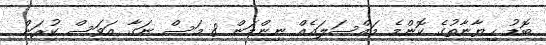
ބޮޑު ހިޔާނާތުގެ ކޮންމެ މައްސަލައެއް ނިންމަން 8 މަސް ނަގާ އަވަސް ކުރަން